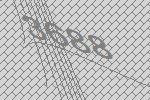
3688